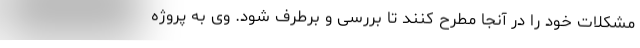
مشکلات خود را در آنجا مطرح کنند تا بررسی و برطرف شود. وی به پروژه